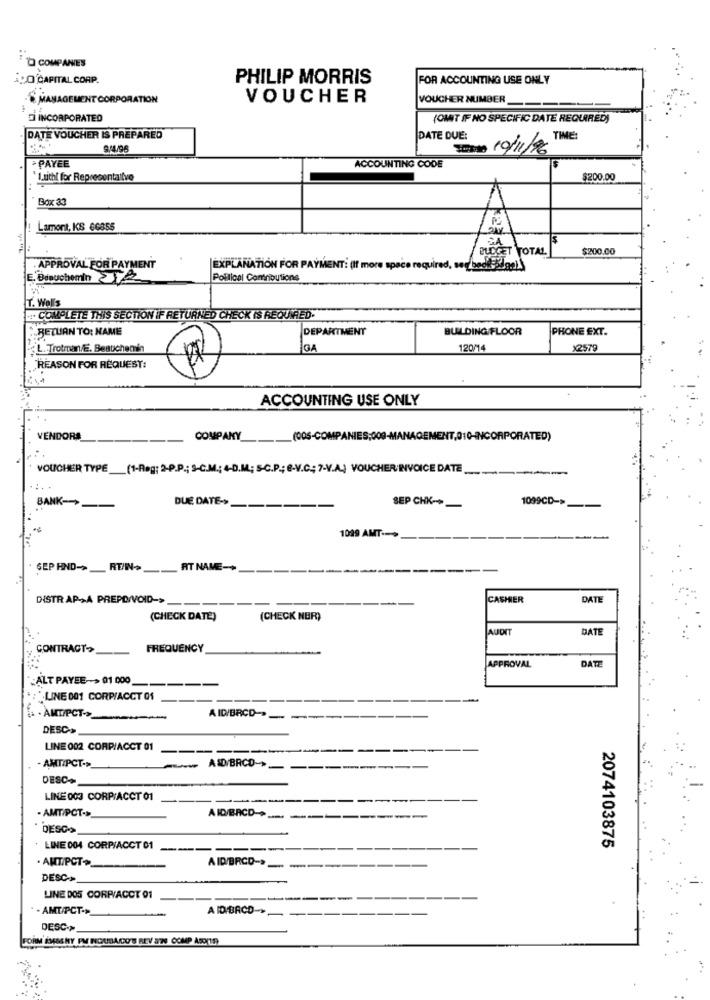
TO COMPANIES
iDO CAPITAL CORP.
PHILIP MORRIS
FOR ACCOUNTING USE ONLY
& MANAGEMENT CORPORATION
VOUCHER
VOUCHER NUMBER
INCORPORATED
(OMIT IF NO SPECIFIC DATE REQUIRED)
DATE VOUCHER IS PREPARED
DATE DUE:
TIME:
9/4/96
Tomate 19/11/16
> PAYEE
ACCOUNTING CODE
`1.uithl for Representative
$200.00
Box 33
--
Lamont, KS 66855
.F
BUDGET TOTAL
$200.00
. APPROVAL FOR PAYMENT
EXPLANATION FOR PAYMENT: (If more space required,
E. Binuchemin ZTA
Political Contributions
T. Woll's
.. COMPLETE THIS SECTION IF RETURNED CHECK IS REQUIRED
RETURN TO: NAME
DEPARTMENT
BUILDING FLOOR
PHONE EXT.
L. Trotran/E. Beauchemin
GA
120/14
X2579
REASON FOR REQUEST:
ACCOUNTING USE ONLY
VENDORS
COMPANY
(QOS-COMPA
T.010-INCORPORATED)
VOUCHER TYPE
(1-Reg; 2-P.P .; S-C.M .; 4-D.M; S-C.P .; 8-V.C .; 7-V.A.) VOUCHER INVOICE DATE
BANK->
DUE DATE->
SEP CHK-
1099CD->
1099 AMT -- >
SEP AND->RT/I>
RT NAME-+
DISTR AP->A PREPD/VOID->
CASHIER
DATE
(CHECK DATE)
(CHECK NER)
AUDIT
DATE
CONTRACT>
FREQUENCY
APPROVAL
DATE
.ALT PAYEE-> 01 000
---
"LINE 001 CORP/ACCT 01
. . AMTIPCT->_
AID/BRCD> - -
DESC->
LINE 002 CORP/ACCT 01
AMTIPCT->_
A ID/BRCD->
--
-----
DESC+
LINE 003 CORP/ACCT 01
----
- AMT/PCT->
A ID/BACD->
DESC
LINE 004 CORPIACCT 01 ---------
2074103875
. AMT/PCT+
AID/BRCD->
DESC->
LINE DOS CORP/ACCT 01
--
. AMT/PCT->
A ID/BACD->
DESC->
FORM (MAGNY PM NOUSACO'S REV &'70 COMP ASO(19)